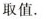
取值.